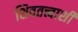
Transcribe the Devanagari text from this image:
शिवतत्त्वाशी